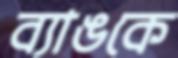
ব্যাঙকে